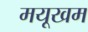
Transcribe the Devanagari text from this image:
मयूखम